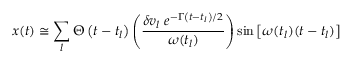
x ( t ) \cong \sum _ { l } \Theta \left( t - t _ { l } \right) \left( \frac { \delta v _ { l } \; e ^ { - \Gamma \left( t - t _ { l } \right) / 2 } } { \omega ( t _ { l } ) } \right) \sin \left[ \omega ( t _ { l } ) ( t - t _ { l } ) \right]